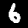
Label: 6